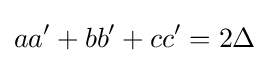
aa'+bb'+cc'=2\Delta